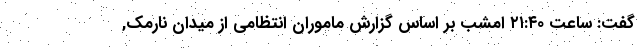
گفت: ساعت ۲۱:۴۰ امشب بر اساس گزارش ماموران انتظامی از میدان نارمک,